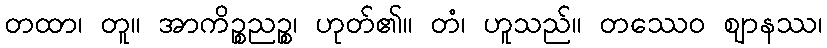
တထာ၊ တူ။ အာကိဉ္စညဉ္စ၊ ဟုတ်၏။ တံ၊ ဟူသည်။ တဿေဝ ဈာနဿ၊